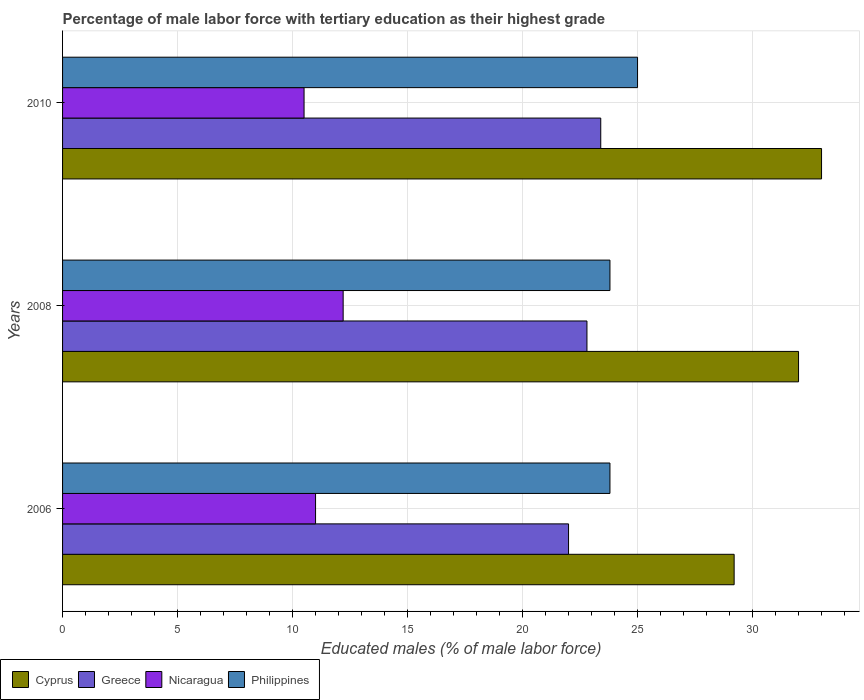
| Years | Cyprus | Greece | Nicaragua | Philippines |
 | --- | --- | --- | --- | --- |
 | 2006 | 29.2 | 22 | 11 | 23.8 |
 | 2008 | 32 | 22.8 | 12.2 | 23.8 |
 | 2010 | 33 | 23.4 | 10.5 | 25 |